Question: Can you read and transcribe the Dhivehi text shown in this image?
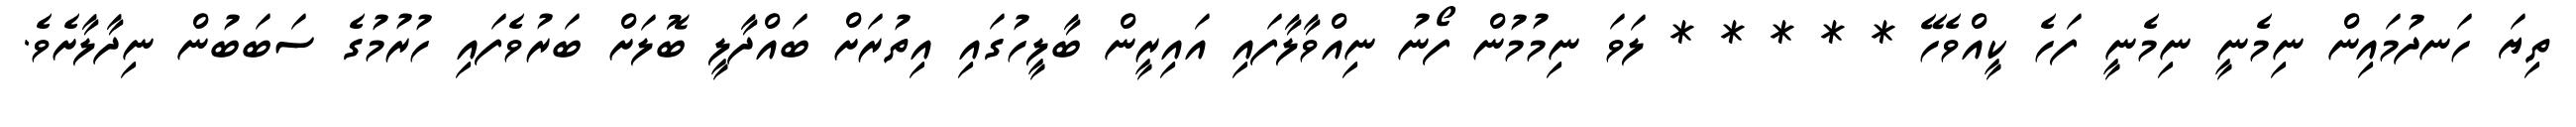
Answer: ތިޔަ ހަނދުމައިން ނިމެނީ ނިމެނީ ފަހެ ކީއްވެހޭ * * * * * ލަވަ ނިމުމުން ފޯނު ނިއްވާލާފައި އައިރީން ބާލީހުގައި އިތުރަށް ބައްދާލީ ބޮލަށް ބަރުވެފައި ހުރުމުގެ ސަބަބުން ނިދާލާށެވެ.